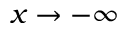
x \rightarrow - \infty